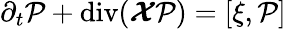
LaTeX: {\partial_{t}{\cal P}+\operatorname{div}(\boldsymbol{\cal X}{\cal P})=[\xi,{\cal P}]}